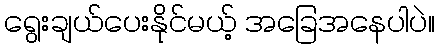
ရွေးချယ်ပေးနိုင်မယ့် အခြေအနေပါပဲ။